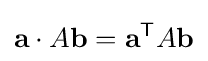
{\textbf {a}}\cdot A{\textbf {b}}={\textbf {a}}^{\mathsf {T}}A{\textbf {b}}